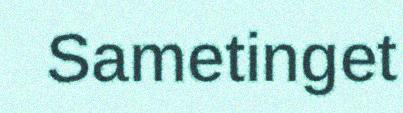
Sametinget